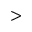
>